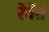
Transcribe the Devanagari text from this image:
रेवेतं